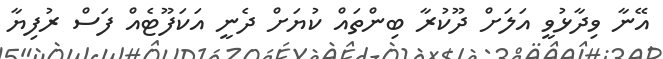
އޭނާ ވިދާޅުވީ އަލަށް ދޫކުރާ ބިންތައް ކުޔަށް ދެނީ އަކަފޫޓެއް ފަސް ރުފިޔާ